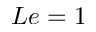
L e = 1